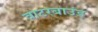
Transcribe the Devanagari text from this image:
वाटरबाउंड